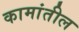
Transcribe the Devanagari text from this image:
कामांतील